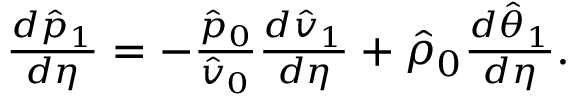
\begin{array} { r } { \frac { d \hat { p } _ { 1 } } { d \eta } = - \frac { \hat { p } _ { 0 } } { \hat { v } _ { 0 } } \frac { d \hat { v } _ { 1 } } { d \eta } + \hat { \rho } _ { 0 } \frac { d \hat { \theta } _ { 1 } } { d \eta } . } \end{array}